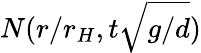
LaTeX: N(r/r_{H},t\sqrt{g/d})